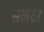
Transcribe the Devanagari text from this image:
सलटा